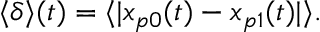
\begin{array} { r } { \langle \delta \rangle ( t ) = \langle | \boldsymbol { x } _ { p 0 } ( t ) - \boldsymbol { x } _ { p 1 } ( t ) | \rangle . } \end{array}